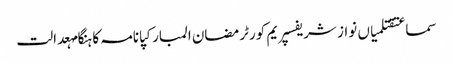
سماعتقتلمیاں نواز شریفسپریم کورٹرمضان المبارکپانامہ کا ہنگامہعدالت